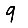
Digit: 9